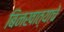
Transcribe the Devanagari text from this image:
बिनखात्याचे